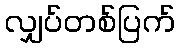
လျှပ်တစ်ပြက်